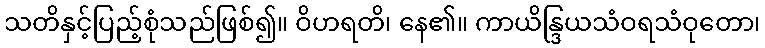
သတိနှင့်ပြည့်စုံသည်ဖြစ်၍။ ဝိဟရတိ၊ နေ၏။ ကာယိန္ဒြယသံဝရသံဝုတော၊